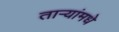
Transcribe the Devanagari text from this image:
तार्‍यांमधे